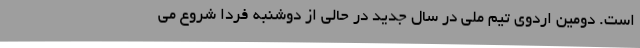
است. دومین اردوی تیم ملی در سال جدید در حالی از دوشنبه فردا شروع می